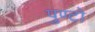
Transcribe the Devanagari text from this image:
पुण्टो